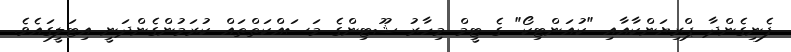
ފެނިގެންދާ ޕްރިޔަންކާއާއި "ކުއަންޓިކޯ" ގެ ޓީމް މިހާރު ޝޫޓިންގެ މަސައްކަތްތައް ކުރަމުންގެންދަނީ އިޓަލީގައެވެ.